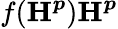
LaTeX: f(\boldsymbol{\textbf{H}^{p}})\boldsymbol{\textbf{H}^{p}}